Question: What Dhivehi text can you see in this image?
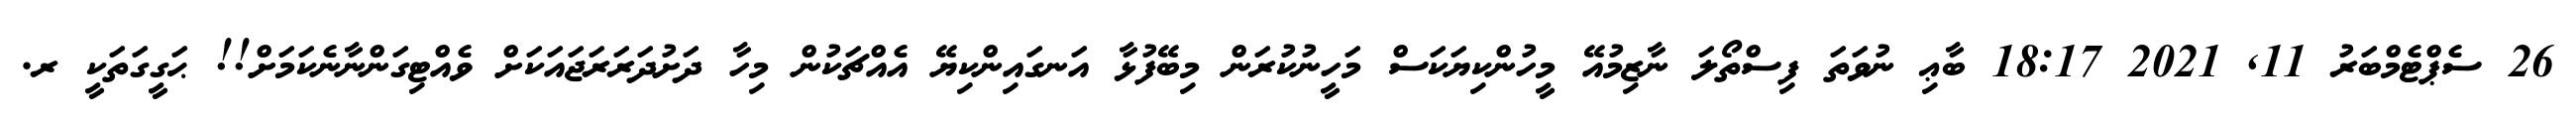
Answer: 26 ސެޕްޓެމްބަރު 11, 2021 18:17 ބާޢި ނުވަތަ ފިސްތޯލަ ނާޒިމުއޭ މީހުންކިޔަކަސް މަހީނުކުރަން މިބޭފުޅާ އަނގައިންކިޔޭ އެއްޗަކުން މިހާ ދަށުދަރަރަޖައަކަށް ވެއްޓިގަންނާނެކަމަށް!! ޙަގީގަތަކީ ރ.